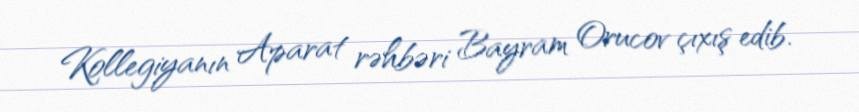
Kollegiyanın Aparat rəhbəri Bayram Orucov çıxış edib.